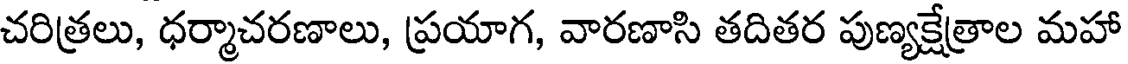
చరిత్రలు, ధర్మాచరణాలు, ప్రయాగ, వారణాసి తదితర పుణ్యక్షేత్రాల మహా